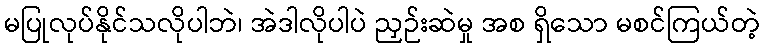
မပြုလုပ်နိုင်သလိုပါဘဲ၊ အဲဒါလိုပါပဲ ညှဉ်းဆဲမှု အစ ရှိသော မစင်ကြယ်တဲ့